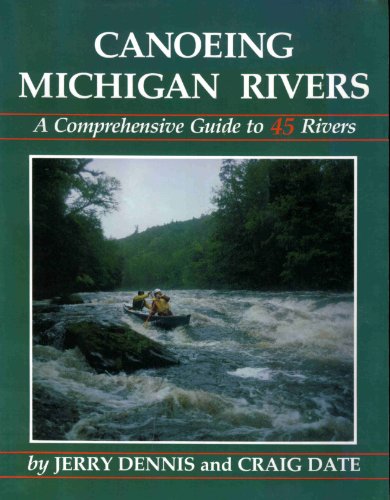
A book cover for Canoeing Michigan Rivers; Jerry Dennis; Sports & Outdoors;